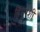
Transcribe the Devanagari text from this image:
हिगुरशी